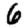
Digit: 6